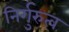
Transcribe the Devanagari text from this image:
निर्गुरुत्व